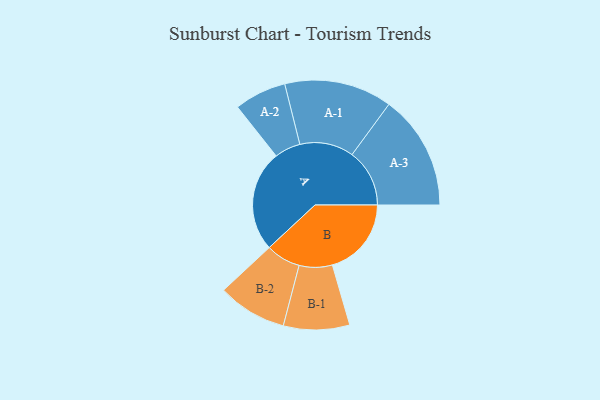
{"axis": {"x": "Segment", "y": "Value"}, "legend": ["", "A", "B"], "data": [{"x": "A", "y": 447, "type": ""}, {"x": "B", "y": 349, "type": ""}, {"x": "A-1", "y": 238, "type": "A"}, {"x": "A-2", "y": 115, "type": "A"}, {"x": "A-3", "y": 254, "type": "A"}, {"x": "B-1", "y": 146, "type": "B"}, {"x": "B-2", "y": 153, "type": "B"}]}